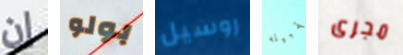
إن بولو روسيل تقبيله مجرى